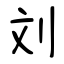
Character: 刘